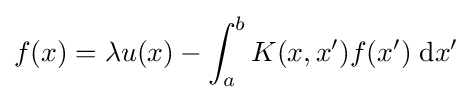
f(x)=\lambda u(x)-\int _{a}^{b}K(x,x')f(x')\;\mathrm {d} x'